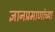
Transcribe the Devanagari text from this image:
ज्ञानप्रमाणांच्या